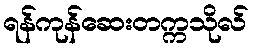
ရန်ကုန်ဆေးတက္ကသိုလ်